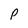
Character: P